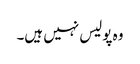
وہ پولیس نہیں ہیں۔